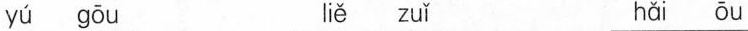
yú gōu liě zuǐ hǎi ōu